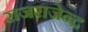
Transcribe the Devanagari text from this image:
राजराजेन्द्र